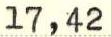
17,42